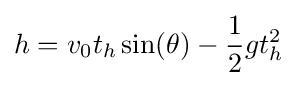
h=v_{0}t_{h}\sin(\theta )-{\frac {1}{2}}gt_{h}^{2}